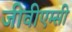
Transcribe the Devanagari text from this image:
जीवीएम्सी